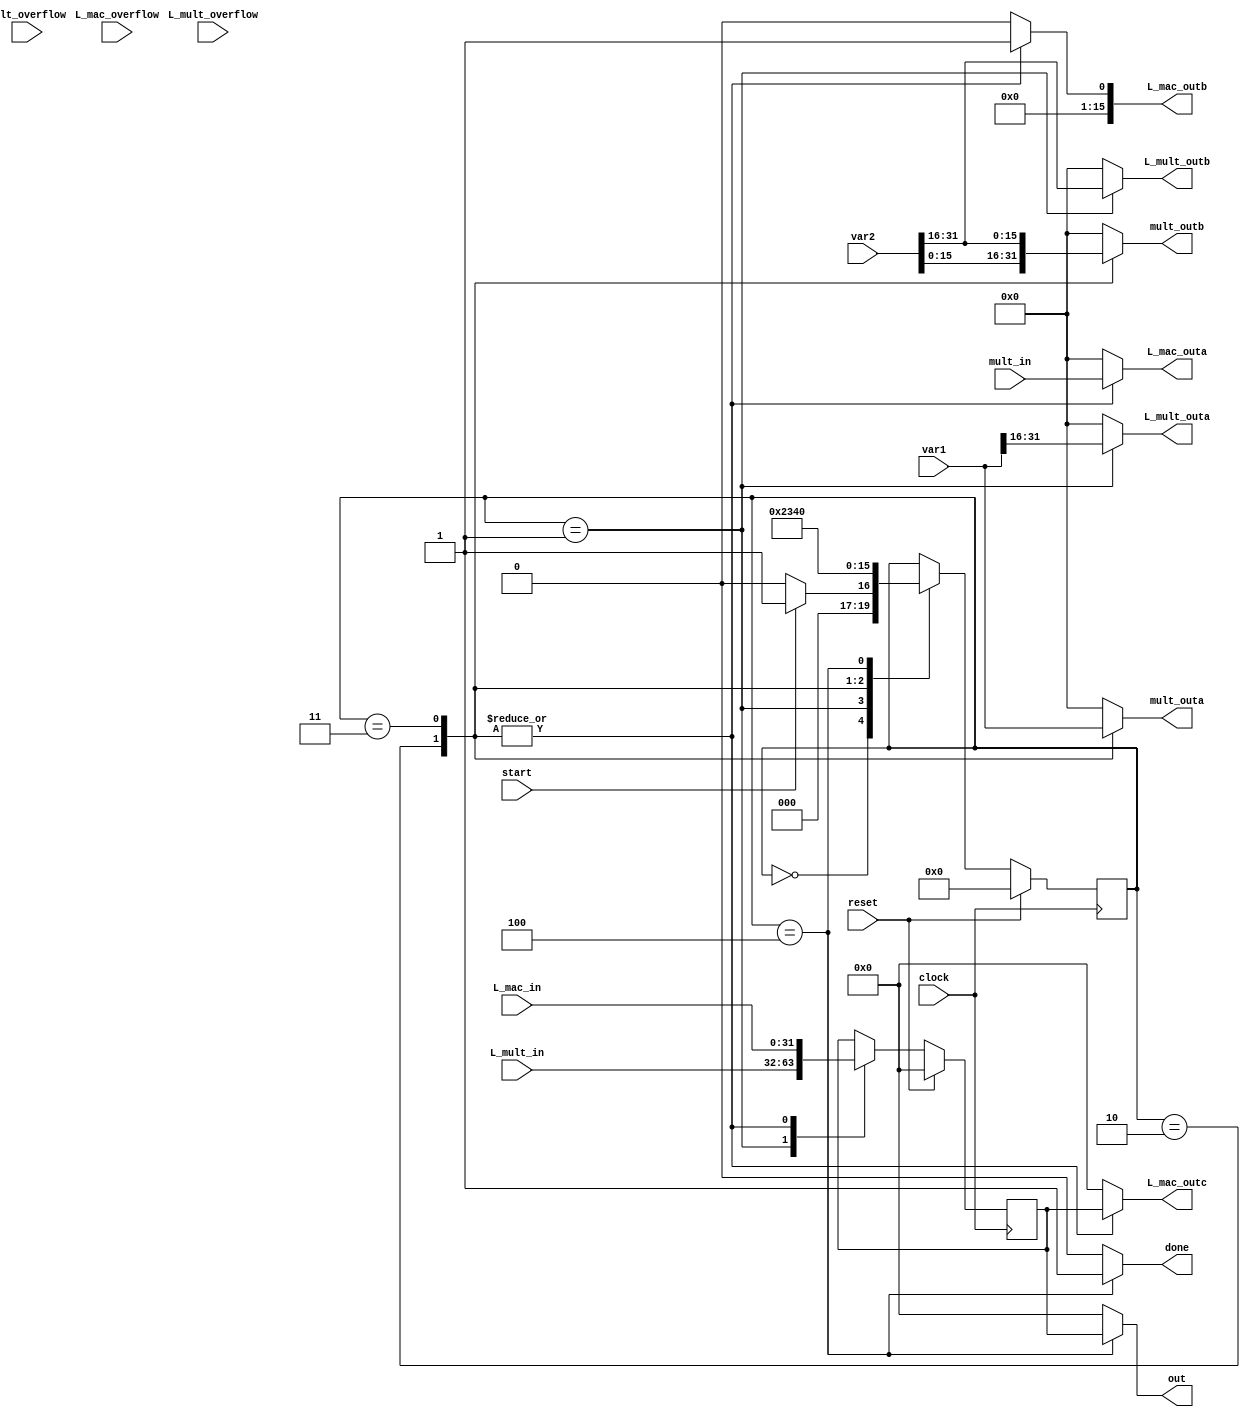
`timescale 1ns / 1ps
//////////////////////////////////////////////////////////////////////////////////
// Mississippi State University 
// ECE 4532-4542 Senior Design
// 
// Module Name:    Mpy_32 
// Project Name: 	 ITU G.729 Hardware Implementation
// Target Devices: Virtex 5
// Tool versions:  Xilinx 9.2i
// Description: 	 This is the mpy32 function replication the C-model function "mpy32". 
//						 
// Dependencies: 	 N/A
//
// Revision: 
// Revision 0.01 - File Created
// Additional Comments: 
//
//////////////////////////////////////////////////////////////////////////////////
module Mpy_32(clock, reset, start, done, var1, var2, out, L_mult_outa, L_mult_outb,
					L_mult_overflow, L_mult_in, L_mac_outa, L_mac_outb, L_mac_outc, 
					L_mac_overflow, L_mac_in, mult_outa, mult_outb, mult_in, mult_overflow);
					
   input clock, reset, start;
	input L_mult_overflow, L_mac_overflow, mult_overflow;
	input [15:0] mult_in;
	input [31:0] var1, var2, L_mult_in, L_mac_in;	
   output reg [15:0] L_mult_outa, L_mult_outb, L_mac_outa, L_mac_outb, mult_outa, mult_outb;
   output reg [31:0] L_mac_outc, out;
	output reg done;
	
	wire [15:0] high1, high2, low1,low2;
	
	assign high1 = var1[31:16];
	assign high2 = var2[31:16];
	assign low1 = var1[15:0];
	assign low2 = var2[15:0];
	
	parameter init = 4'd0;
	parameter state1 = 4'd1;
	parameter state2 = 4'd2;
	parameter state3 = 4'd3;
	parameter state4 = 4'd4;
	
	reg [3:0] currentstate, nextstate;
	reg [31:0] product,nextproduct;	
	always@(posedge clock) begin
		if(reset)
			currentstate <= init;
		else
			currentstate <= nextstate;
	end
	
	always@(posedge clock) begin
		if(reset)
			product <= 0;
		else
			product <= nextproduct;
	end
	
	always@(*) begin
		done = 0;
		nextstate = currentstate;
		nextproduct = product;
		
		L_mult_outa = 0;
		L_mult_outb = 0;
		
		mult_outa = 0;
		mult_outb = 0;
		
		L_mac_outa = 0;
		L_mac_outb = 0;
		L_mac_outc = 0;
		
		out = 0;
		
		case(currentstate)
		
			init: begin
				if(start==1)
					nextstate = state1;
				else begin
					nextstate = init;
				end
			end
			
			state1: begin
				L_mult_outa = high1;
				L_mult_outb = high2;
				nextproduct = L_mult_in;
				nextstate = state2;
			end
			
			state2: begin
				mult_outa = high1;
				mult_outb = low2;
				L_mac_outa = mult_in;
				L_mac_outb = 16'd1;
				L_mac_outc = product;				
				nextproduct = L_mac_in;
				nextstate = state3;
			end
			
			state3: begin
				mult_outa = low1;
				mult_outb = high2;
				L_mac_outa = mult_in;
				L_mac_outb = 16'd1;
				L_mac_outc = product;
				nextproduct = L_mac_in;
				nextstate = state4;
			end
			
			state4: begin
				out = product;
				done = 1;
				nextstate = init;
			end
		endcase
	end
endmodule